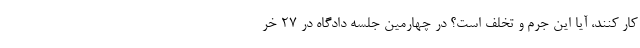
کار کنند، آیا این جرم و تخلف است؟ در چهارمین جلسه دادگاه در ۲۷ خر